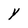
Character: Y